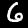
Label: 6